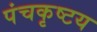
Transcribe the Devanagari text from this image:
पंचकृष्टय